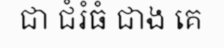
ជា ជំរំធំ ជាង គេ